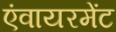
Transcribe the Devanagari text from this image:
एंवायरमेंट